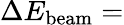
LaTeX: \Delta E_{\mathrm{beam}}=